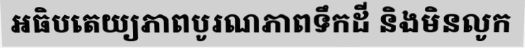
អធិបតេយ្យភាពបូរណភាពទឹកដី និងមិនលូក